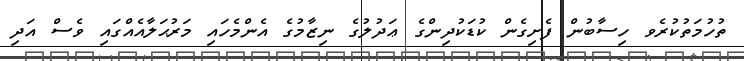
ތުހުމަތުކުރެވ ހިސާބުން ފެށިގެން ކުޑަކުދިންގެ ޢަދުލުގެ ނިޒާމުގެ އެންމެހައި މަރުޙަލާއެއްގައި ވެސް އަދި